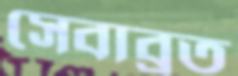
সেবাব্রত